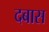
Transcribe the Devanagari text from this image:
दबास